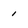
Character: 1